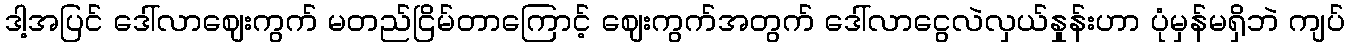
ဒါ့အပြင် ဒေါ်လာဈေးကွက် မတည်ငြိမ်တာကြောင့် ဈေးကွက်အတွက် ဒေါ်လာငွေလဲလှယ်နှုန်းဟာ ပုံမှန်မရှိဘဲ ကျပ်